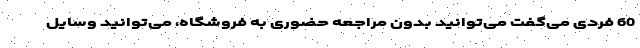
60 فردی می‌گفت می‌توانید بدون مراجعه حضوری به فروشگاه، می‌توانید وسایل